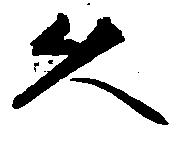
久